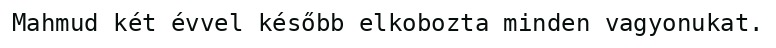
Mahmud két évvel később elkobozta minden vagyonukat.